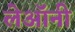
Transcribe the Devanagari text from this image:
लेऑनी